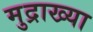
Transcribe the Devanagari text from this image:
मुद्राख्या